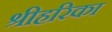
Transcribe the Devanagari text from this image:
श्रीहरिका